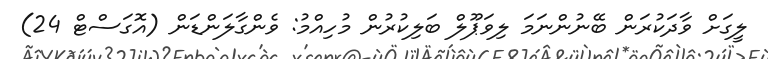
ލީގަށް ވާދަކުރަން ބޭނުންނަމަ ލިވަޕޫލް ބަލިކުރުން މުހިއްމު: ވެންގާލަންޑަން (އޮގަސްޓް 24)